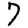
Digit: 7